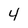
Character: 4